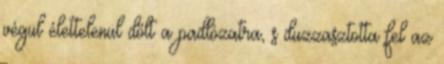
végül élettelenül dőlt a padlózatra, s duzzasztotta fel az